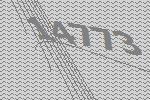
14773